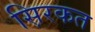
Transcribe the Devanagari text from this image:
स़िरकत